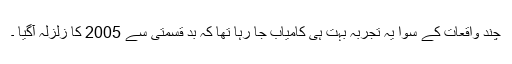
چند واقعات کے سوا یہ تجربہ بہت ہی کامیاب جا رہا تھا کہ بد قسمتی سے 2005 کا زلزلہ آگیا ۔